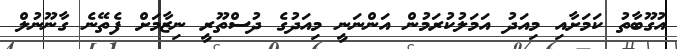
އުގޫބާތު ކަމަށާއި މިއަދު އަމަލުކުރަމުން އަންނަނީ މިއަދުގެ ދުސްތޫރީ ނިޒާމަށް ފެތޭނެ ގާނޫނުލް